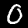
Label: 0